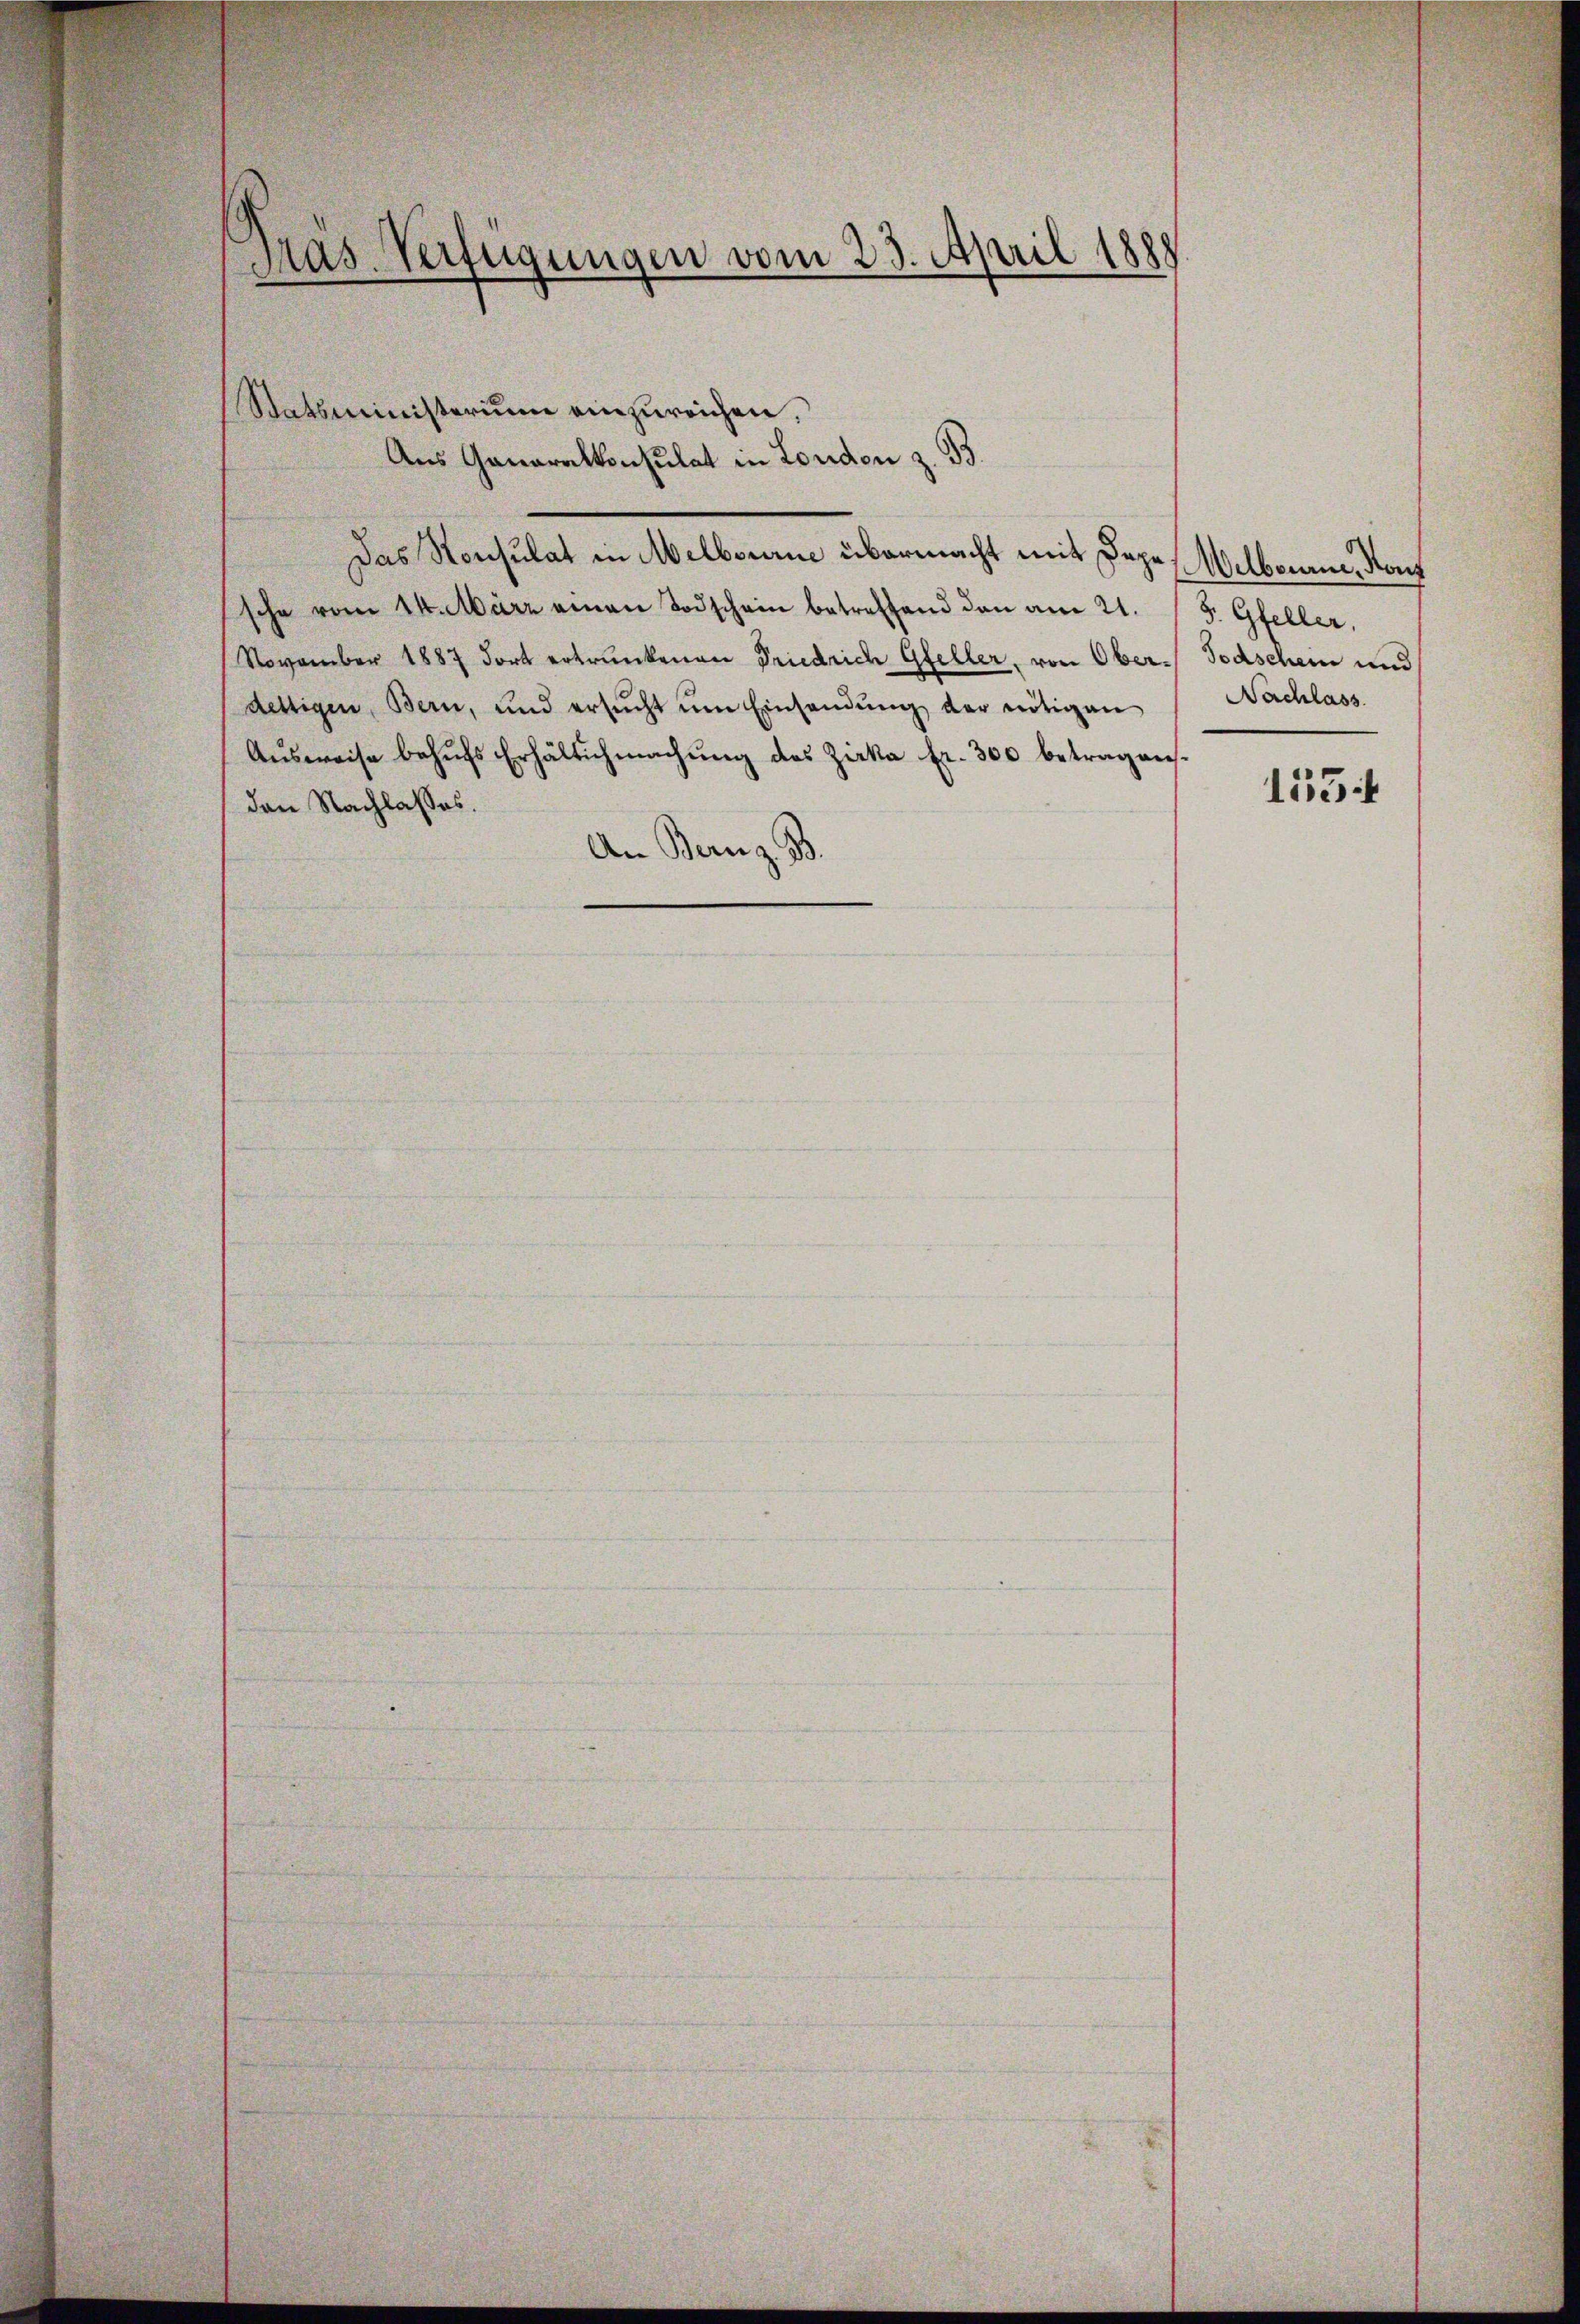
Präs. Verfügungen vom 23. April 1888

Statsministerium einzureichen.
Aus Ganaralkonsulat in London z. B.
Das Konsulat in Melbourne übermacht mit Depe
sche vom 14. März einen Todschein betreffend den am 21. (S. Gfeller,
November 1887 dort ertrunkenen Friedrich Gfeller, von Ober- Todschein und
dettigen, Bern, und ersŭcht ŭm Einsandŭng der nötigen
Aŭsweise behŭfs Erhältichmachung des Zirka fr. 300 betragen.
den Nachlasses.
An Bern z. B.

Melbouane, Konf
Nachlass
155